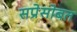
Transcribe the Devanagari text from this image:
सप्रेसोबत